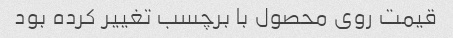
قیمت روی محصول با برچسب تغییر کرده بود